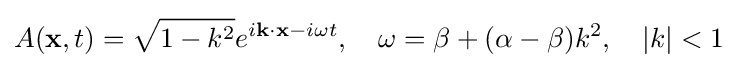
A(\mathbf {x} ,t)={\sqrt {1-k^{2}}}e^{i\mathbf {k} \cdot \mathbf {x} -i\omega t},\quad \omega =\beta +(\alpha -\beta )k^{2},\quad |k|<1